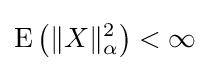
\operatorname {E} \left(\|X\|_{\alpha }^{2}\right)<\infty